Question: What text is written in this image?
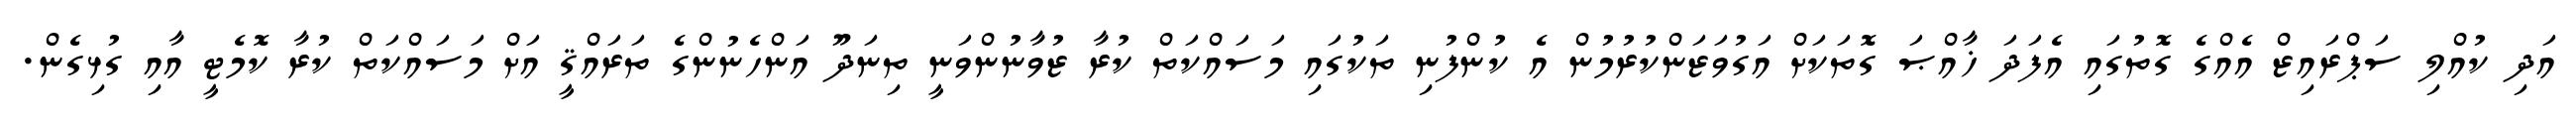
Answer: އަދި ކުއްލި ސަޕްރައިޒް އެއްގެ ގޮތުގައި އެފަދަ ޚާއްޞަ ގޮތަކަށް އަގުވަޒަންކުރުމުން އެ ކުންފުނި ތަކުގައި މަސައްކަތް ކުރާ ޒުވާނުންވަނީ ތިނަދޫ އަންހެނުންގެ ތަރައްޤީ އަށް މަސައްކަތް ކުރާ ކޮމެޓީ އާއި ގުޅިގެން.